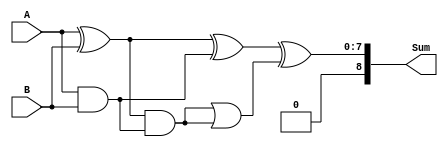
module BrentKungAdder (
    input [7:0] A, // 8-bit input A
    input [7:0] B, // 8-bit input B
    output reg [8:0] Sum // 9-bit output sum
);

reg [8:0] P [3:0]; // Partial sum registers
reg [8:0] G [3:0]; // Generate registers
reg [8:0] C [2:0]; // Carry registers

assign P[0] = A ^ B; // Calculate initial partial sum
assign G[0] = A & B; // Calculate initial generate

assign C[0] = G[0]; // Initial carry-in is the first generate

// Stage 1
assign P[1] = P[0] ^ C[0]; // Calculate next partial sum
assign G[1] = P[0] & C[0]; // Calculate next generate
assign C[1] = G[1] | (P[0] & C[0]); // Calculate next carry

// Stage 2
assign P[2] = P[1] ^ C[1]; // Calculate next partial sum
assign G[2] = P[1] & C[1]; // Calculate next generate
assign C[2] = G[2] | (P[1] & C[1]); // Calculate next carry

// Final stage
assign Sum = {C[2], P[2]}; // Final sum is the last partial sum and carry

endmodule